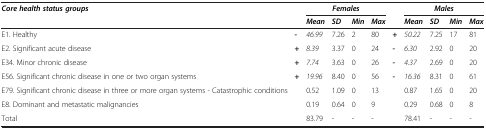
<table><thead><tr><td><b><i>Core health status groups</i></b></td><td><b> </b></td><td colspan="4"><b><i>Females</i></b></td><td><b> </b></td><td colspan="4"><b><i>Males</i></b></td></tr><tr><td><b> </b></td><td><b> </b></td><td><b><i>Mean</i></b></td><td><b><i>SD</i></b></td><td><b><i>Min</i></b></td><td><b><i>Max</i></b></td><td><b> </b></td><td><b><i>Mean</i></b></td><td><b><i>SD</i></b></td><td><b><i>Min</i></b></td><td><b><i>Max</i></b></td></tr></thead><tbody><tr><td>E1. Healthy</td><td><b>-</b></td><td><i>46.99</i></td><td>7.26</td><td>2</td><td>80</td><td><b>+</b></td><td><i>50.22</i></td><td>7.25</td><td>17</td><td>81</td></tr><tr><td>E2. Significant acute disease</td><td><b>+</b></td><td><i>8.39</i></td><td>3.37</td><td>0</td><td>24</td><td><b>-</b></td><td><i>6.30</i></td><td>2.92</td><td>0</td><td>20</td></tr><tr><td>E34. Minor chronic disease</td><td><b>+</b></td><td><i>7.74</i></td><td>3.63</td><td>0</td><td>26</td><td><b>-</b></td><td><i>4.37</i></td><td>2.69</td><td>0</td><td>20</td></tr><tr><td>E56. Significant chronic disease in one or two organ systems</td><td><b>+</b></td><td><i>19.96</i></td><td>8.40</td><td>0</td><td>56</td><td><b>-</b></td><td><i>16.36</i></td><td>8.31</td><td>0</td><td>61</td></tr><tr><td>E79. Significant chronic disease in three or more organ systems - Catastrophic conditions</td><td> </td><td>0.52</td><td>1.09</td><td>0</td><td>13</td><td> </td><td>0.87</td><td>1.65</td><td>0</td><td>20</td></tr><tr><td>E8. Dominant and metastatic malignancies</td><td> </td><td>0.19</td><td>0.64</td><td>0</td><td>9</td><td> </td><td>0.29</td><td>0.68</td><td>0</td><td>8</td></tr><tr><td>Total</td><td> </td><td>83.79</td><td>-</td><td>-</td><td>-</td><td> </td><td>78.41</td><td>-</td><td>-</td><td>-</td></tr></tbody></table>